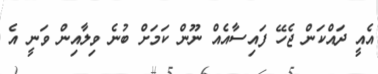
އެއީ ދައްކަން ޖެހޭ ފައިސާއެއް ނޫން ކަމަށް ބުނެ ވިލާއިން ވަނީ އެ